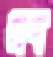
প্রব